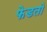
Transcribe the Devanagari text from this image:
फेडतो